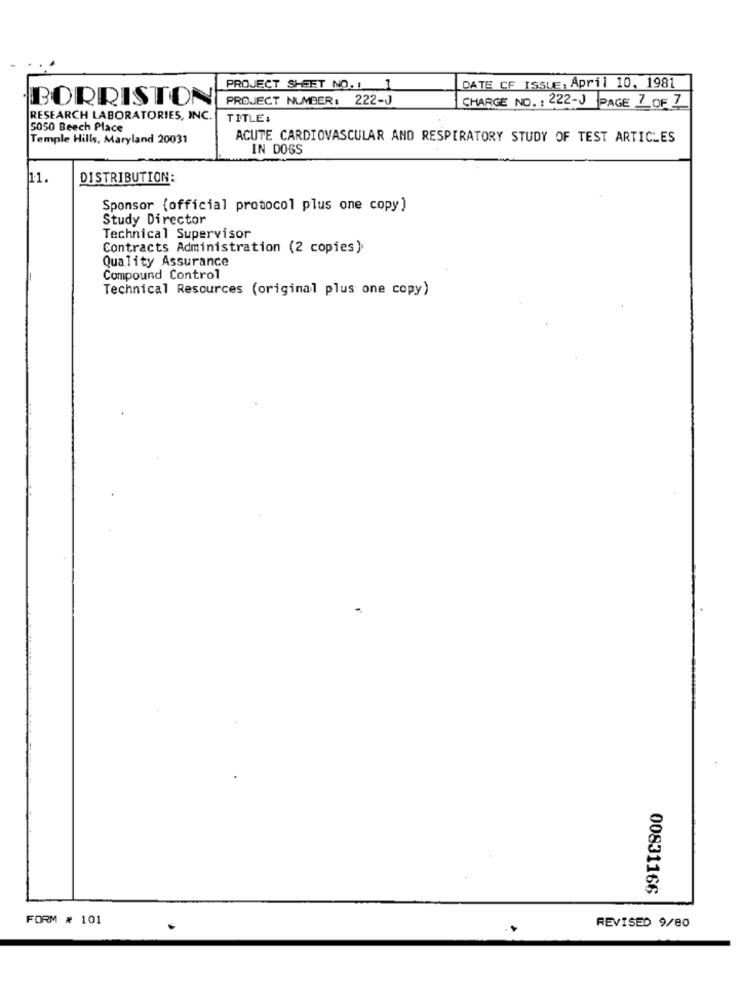
PROJECT SHEET NO. 1 1
DATE CF ISSUE: April 10, 1981
BORRISTON
PROJECT NUMBER: 222-J
CHARGE NO .: 222-J PAGE 7 OF 7
RESEARCH LABORATORIES, INC.
TITLE:
5050 Beech Place
Temple Hills, Maryland 20031
ACUTE CARDIOVASCULAR AND RESPIRATORY STUDY OF TEST ARTICLES
IN DOGS
11.
DISTRIBUTION:
Sponsor (official protocol plus one copy)
Study Director
Technical Supervisor
Contracts Administration (2 copies).
Quality Assurance
Compound Control
Technical Resources (original plus one copy)
00831166
FORM # 101
REVISED 9/80